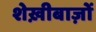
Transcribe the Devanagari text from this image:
शेख़ीबाज़ों